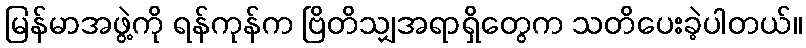
မြန်မာအဖွဲ့ကို ရန်ကုန်က ဗြိတိသျှအရာရှိတွေက သတိပေးခဲ့ပါတယ်။